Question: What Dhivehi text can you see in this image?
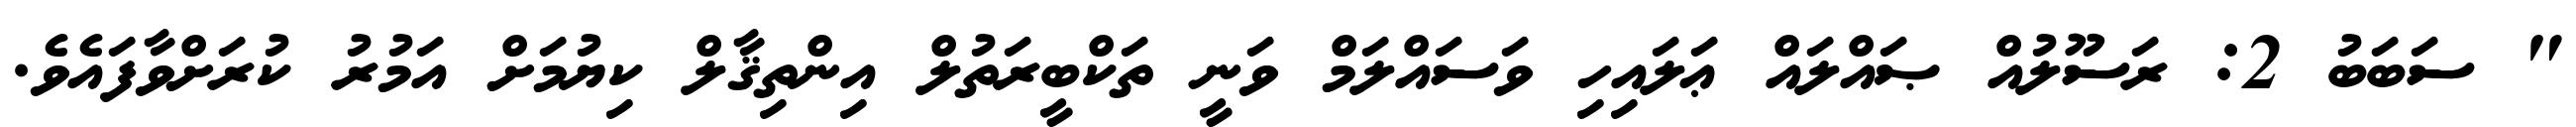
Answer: " ސަބަބު 2: ރަސޫލުއް ޞައްލައް ޢަލައިހި ވަސައްލަމް ވަނީ ތަކްބީރަތުލް އިންތިޤާލް ކިޔުމަށް އަމުރު ކުރަށްވާފައެވެ.